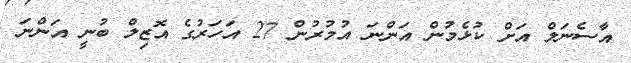
އާސެނަލް އަށް ކުޅެމުން އަންނަ އުމުރުން 27 އަހަރުގެ އޮޒިލް ބުނީ އަންނަ